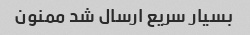
بسیار سریع ارسال شد ممنون